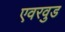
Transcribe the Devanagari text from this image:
एवरवुड